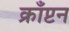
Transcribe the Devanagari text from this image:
क्राँप्टन